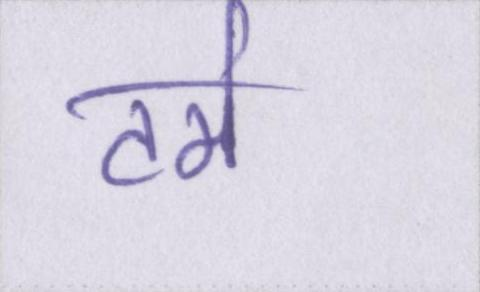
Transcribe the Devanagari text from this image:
टर्म